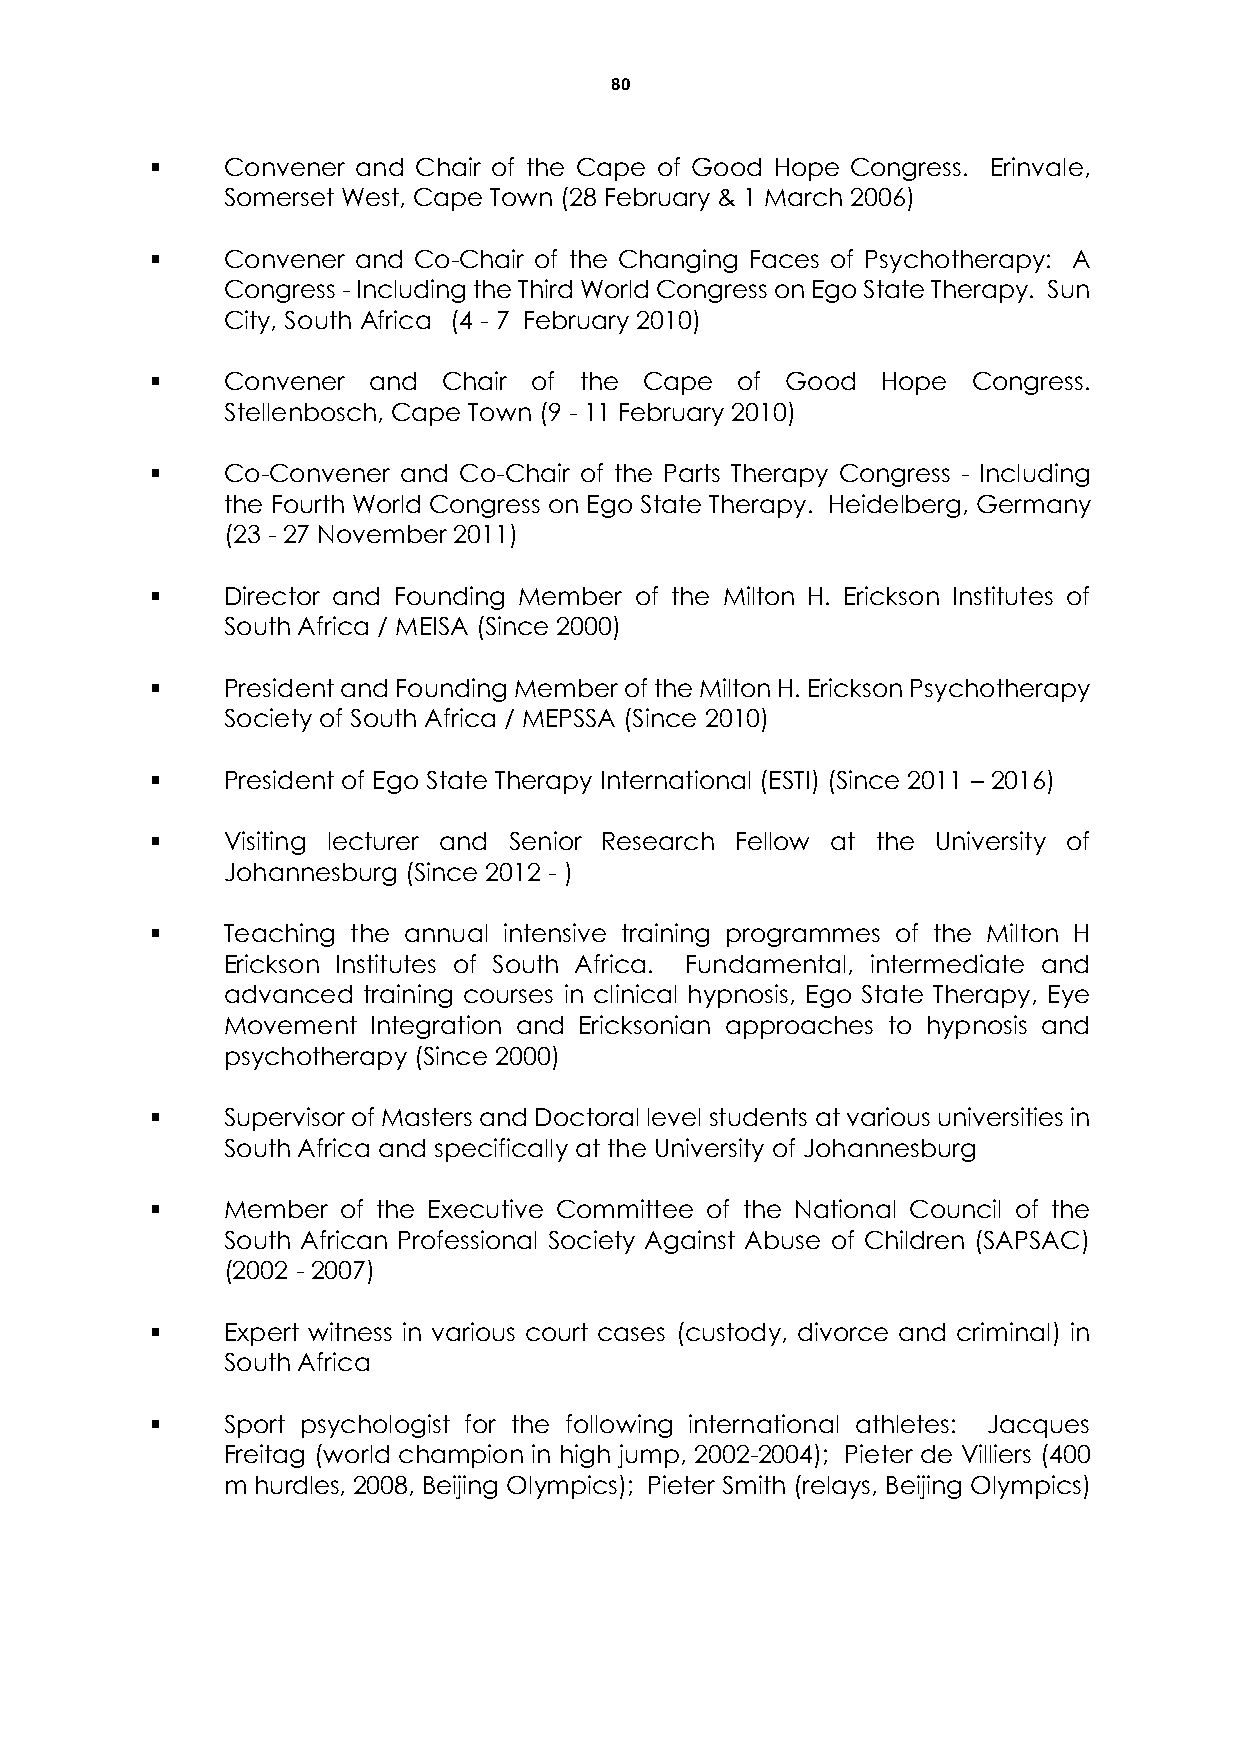
80
     Convener and Chair of the Cape of Good Hope Congress. Erinvale,
 Somerset West, Cape Town (28 February & 1 March 2006)
     Convener and Co-Chair of the Changing Faces of Psychotherapy: A
 Congress - Including the Third World Congress on Ego State Therapy. Sun
 City, South Africa (4 - 7 February 2010)
     Convener and  Chair of the  Cape  of Good  Hope  Congress.
 Stellenbosch, Cape Town (9 - 11 February 2010)
     Co-Convener and Co-Chair of the Parts Therapy Congress - Including
 the Fourth World Congress on Ego State Therapy. Heidelberg, Germany
 (23 - 27 November 2011)
     Director and Founding Member of the Milton H. Erickson Institutes of
 South Africa / MEISA (Since 2000)
     President and Founding Member of the Milton H. Erickson Psychotherapy
 Society of South Africa / MEPSSA (Since 2010)
     President of Ego State Therapy International (ESTI) (Since 2011 – 2016)
     Visiting lecturer and Senior Research Fellow at the University of
 Johannesburg (Since 2012 - )
     Teaching the annual intensive training programmes of the Milton H
 Erickson Institutes of South Africa. Fundamental, intermediate and
 advanced training courses in clinical hypnosis, Ego State Therapy, Eye
 Movement Integration and Ericksonian approaches to hypnosis and
 psychotherapy (Since 2000)
     Supervisor of Masters and Doctoral level students at various universities in
 South Africa and specifically at the University of Johannesburg
     Member of the Executive Committee of the National Council of the
 South African Professional Society Against Abuse of Children (SAPSAC)
 (2002 - 2007)
     Expert witness in various court cases (custody, divorce and criminal) in
 South Africa
     Sport psychologist for the following international athletes: Jacques
 Freitag (world champion in high jump, 2002-2004); Pieter de Villiers (400
 m hurdles, 2008, Beijing Olympics); Pieter Smith (relays, Beijing Olympics)